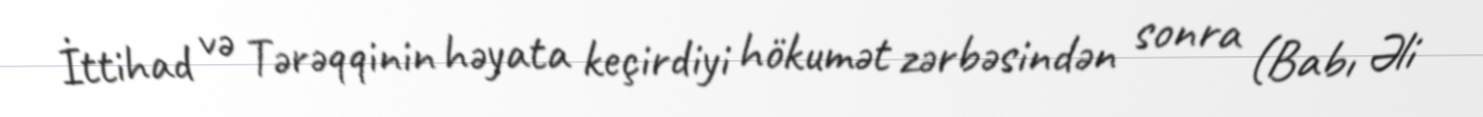
İttihad və Tərəqqinin həyata keçirdiyi hökumət zərbəsindən sonra (Babı Əli